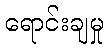
ရောင်းချမှု